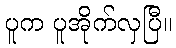
ပူက ပူအိုက်လှပြီ။